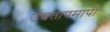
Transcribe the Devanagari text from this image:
उच्चतापमापी